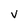
Character: V